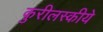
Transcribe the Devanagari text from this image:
कुरीलस्कीये